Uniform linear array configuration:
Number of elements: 48
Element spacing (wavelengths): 0.5
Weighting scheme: kaiser
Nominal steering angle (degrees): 45
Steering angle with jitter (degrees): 43.213
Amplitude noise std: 0.05
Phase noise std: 0.05

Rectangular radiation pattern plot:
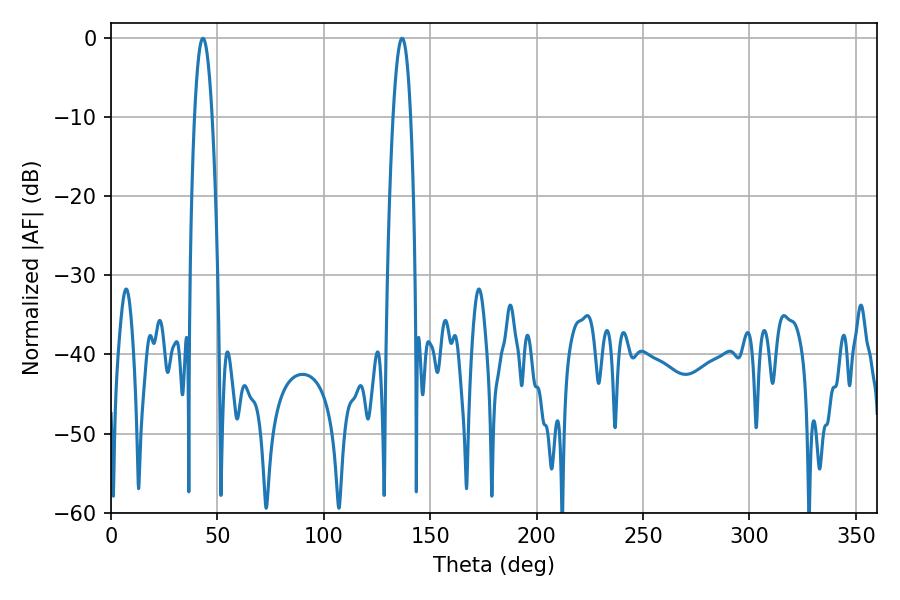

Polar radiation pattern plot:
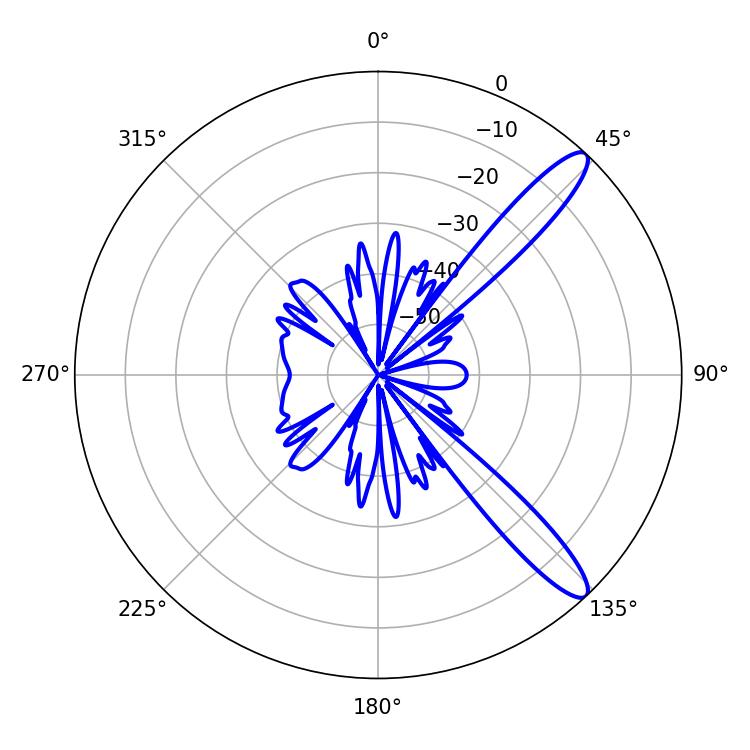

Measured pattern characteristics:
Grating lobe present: FALSE
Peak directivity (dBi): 12.305
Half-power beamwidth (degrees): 4.5
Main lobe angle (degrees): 43.2